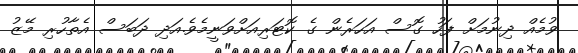
ވުމެއް ދިނުމަށް ފަހު ގޮސް އަހަރެން ގެ ކޮޓަރިއަށްވަނީމެވެ.އަދި ދަބަސް އެތާހުރި މޭޒު